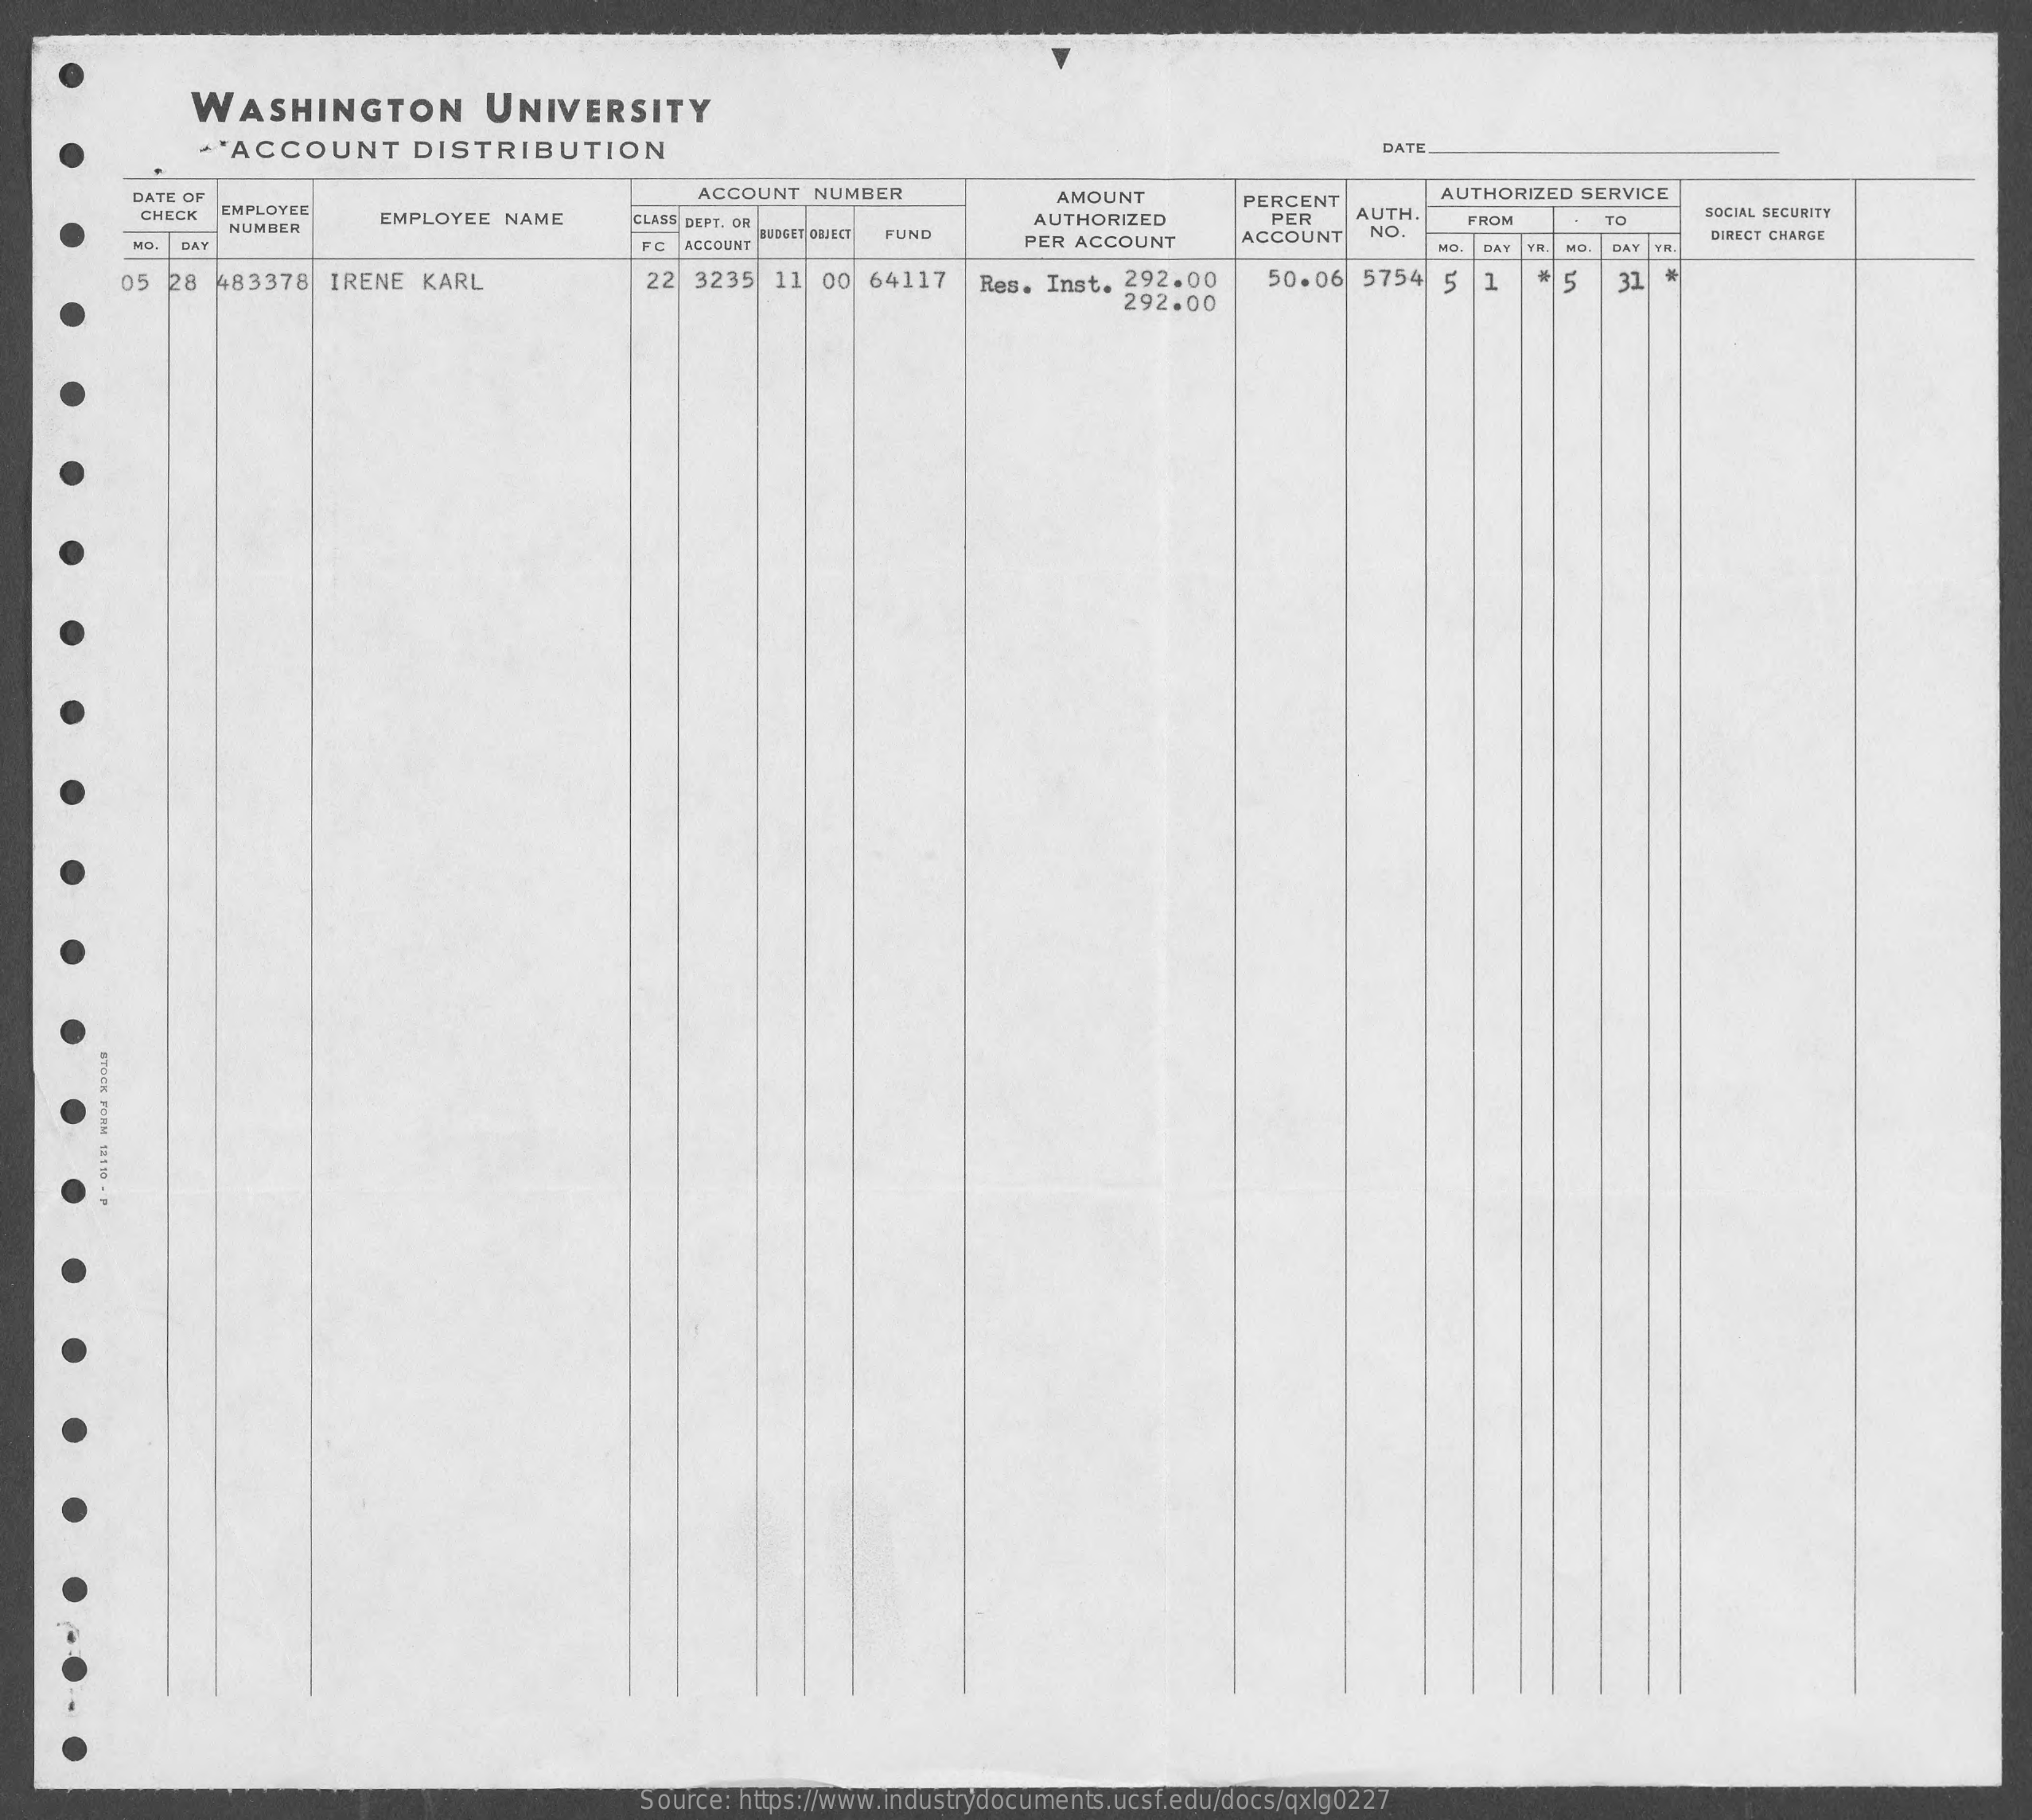
WASHINGTON    UNIVERSITY
     *'ACCOUNT    DISTRIBUTION    DATE
     DATE OF
     EMPLOYEE
     ACCOUNT  NUMBER    AMOUNT
     EMPLOYEE  NAME
     PERCENT    AUTHORIZED SERVICE
     CHECK    AUTH.
     NUMBER
     CLASS DEPT. OR    AUTHORIZED    PER    FROM    TO
     SOCIAL SECURITY
     MD    re ACCOUNT
     FUND    PER ACCOUNT    ACCOUNT   NO.    DIRECT CHARGE
     DAY    BAY    DAT YE
     05 28  483378   IRENE  KARL    22  3235  11  00 64117    Res. Inst.  292.00    50.06  5754   5
     292.00
     1    5    31
     STOCK
     FORM
     12110
     -
     F
     Source: https://www.industrydocuments.ucsf.edu/docs/qxlg0227